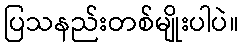
ပြသနည်းတစ်မျိုးပါပဲ။